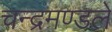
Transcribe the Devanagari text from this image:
चन्द्रमण्डले